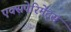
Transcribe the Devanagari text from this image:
एक्सपेरिमेंट्स